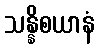
သန္နိစယာနံ